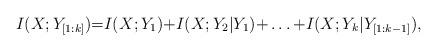
LaTeX: \begin{align*}I(X;Y_{[1:k]}) {=} I(X;Y_1) {+} I(X;Y_2|Y_1) {+} \ldots {+} I(X;Y_k|Y_{[1:k{-}1]}),\end{align*}